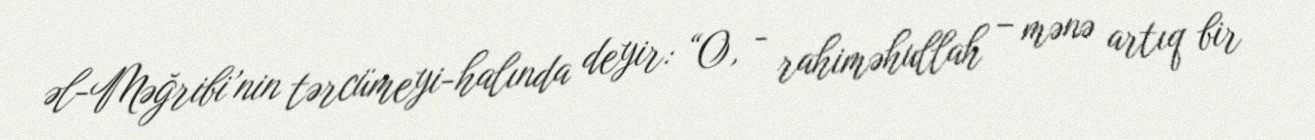
əl-Məğribi’nin tərcümeyi-halında deyir: “O, - rahiməhullah – mənə artıq bir